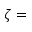
\zeta =